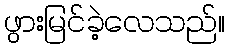
ဖွားမြင်ခဲ့လေသည်။